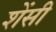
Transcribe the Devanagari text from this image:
शेंसी